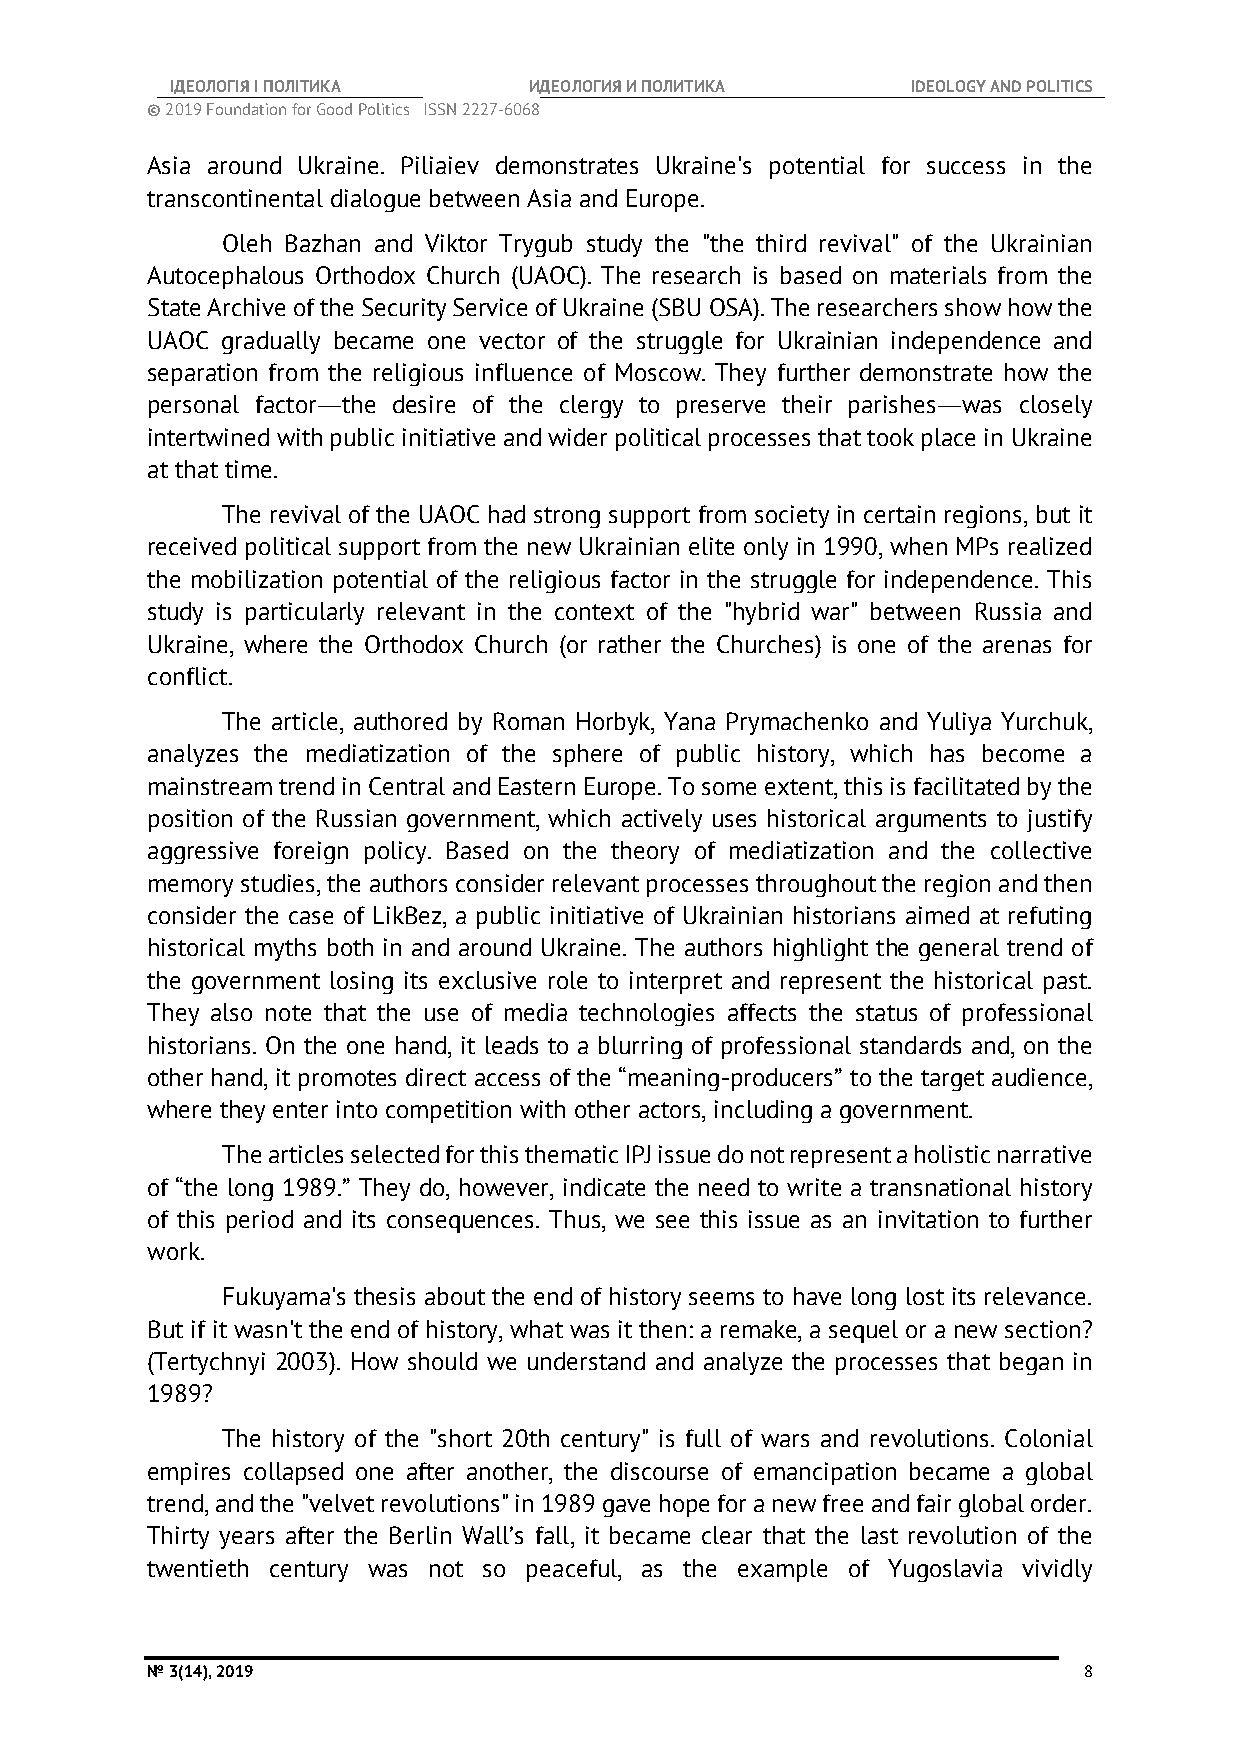
ІДЕОЛОГІЯ І ПОЛІТИКА    ИДЕОЛОГИЯ И ПОЛИТИКА     IDEOLOGY AND POLITICS
 © 2019 Foundation for Good Politics ISSN 2227-6068
 Asia around Ukraine. Piliaiev demonstrates Ukraine's potential for success in the
 transcontinental dialogue between Asia and Europe.
 Oleh Bazhan and Viktor Trygub study the "the third revival" of the Ukrainian
 Autocephalous Orthodox Church (UAOC). The research is based on materials from the
 State Archive of the Security Service of Ukraine (SBU OSA). The researchers show how the
 UAOC gradually became one vector of the struggle for Ukrainian independence and
 separation from the religious influence of Moscow. They further demonstrate how the
 personal factor―the desire of the clergy to preserve their parishes―was closely
 intertwined with public initiative and wider political processes that took place in Ukraine
 at that time.
 The revival of the UAOC had strong support from society in certain regions, but it
 received political support from the new Ukrainian elite only in 1990, when MPs realized
 the mobilization potential of the religious factor in the struggle for independence. This
 study is particularly relevant in the context of the "hybrid war" between Russia and
 Ukraine, where the Orthodox Church (or rather the Churches) is one of the arenas for
 conflict.
 The article, authored by Roman Horbyk, Yana Prymachenko and Yuliya Yurchuk,
 analyzes the mediatization of the sphere of public history, which has become a
 mainstream trend in Central and Eastern Europe. To some extent, this is facilitated by the
 position of the Russian government, which actively uses historical arguments to justify
 aggressive foreign policy. Based on the theory of mediatization and the collective
 memory studies, the authors consider relevant processes throughout the region and then
 consider the case of LikBez, a public initiative of Ukrainian historians aimed at refuting
 historical myths both in and around Ukraine. The authors highlight the general trend of
 the government losing its exclusive role to interpret and represent the historical past.
 They also note that the use of media technologies affects the status of professional
 historians. On the one hand, it leads to a blurring of professional standards and, on the
 other hand, it promotes direct access of the “meaning-producers” to the target audience,
 where they enter into competition with other actors, including a government.
 The articles selected for this thematic IPJ issue do not represent a holistic narrative
 of “the long 1989.” They do, however, indicate the need to write a transnational history
 of this period and its consequences. Thus, we see this issue as an invitation to further
 work.
 Fukuyama's thesis about the end of history seems to have long lost its relevance.
 But if it wasn't the end of history, what was it then: a remake, a sequel or a new section?
 (Tertychnyi 2003). How should we understand and analyze the processes that began in
 1989?
 The history of the "short 20th century" is full of wars and revolutions. Colonial
 empires collapsed one after another, the discourse of emancipation became a global
 trend, and the "velvet revolutions" in 1989 gave hope for a new free and fair global order.
 Thirty years after the Berlin Wall’s fall, it became clear that the last revolution of the
 twentieth century was not so peaceful, as the example of Yugoslavia vividly
 № 3(14), 2019                                                 8